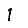
Digit: 1